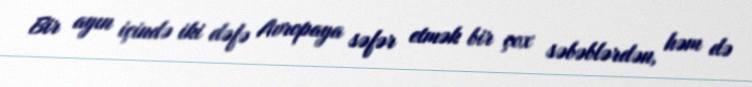
Bir ayın içində iki dəfə Avropaya səfər etmək bir çox səbəblərdən, həm də